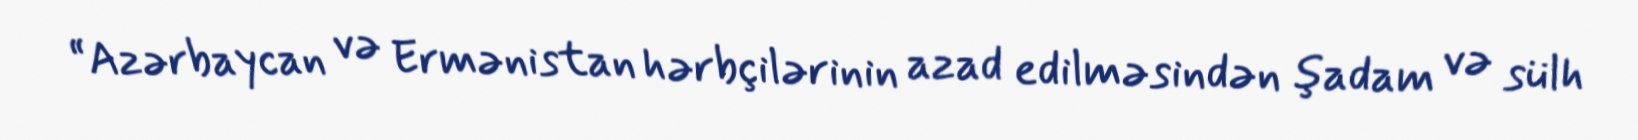
“Azərbaycan və Ermənistan hərbçilərinin azad edilməsindən şadam və sülh